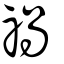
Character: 禍